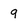
Character: 9